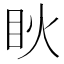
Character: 𥄣